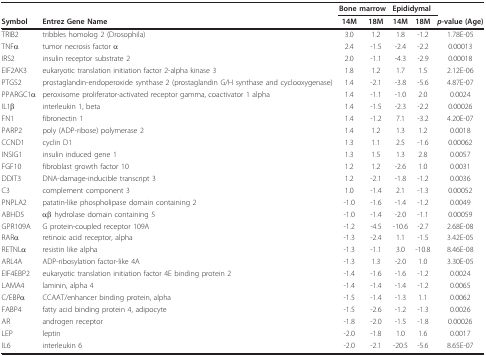
<table><thead><tr><td></td><td></td><td colspan="2"><b>Bone marrow</b></td><td colspan="2"><b>Epididymal</b></td><td></td></tr><tr><td><b>Symbol</b></td><td><b>Entrez Gene Name</b></td><td><b>14M</b></td><td><b>18M</b></td><td><b>14M</b></td><td><b>18M</b></td><td><b><i>p</i>-value (Age)</b></td></tr></thead><tbody><tr><td>TRIB2</td><td>tribbles homolog 2 (Drosophila)</td><td>3.0</td><td>1.2</td><td>1.8</td><td>-1.2</td><td>1.78E-05</td></tr><tr><td>TNFα</td><td>tumor necrosis factor α</td><td>2.4</td><td>-1.5</td><td>-2.4</td><td>-2.2</td><td>0.00013</td></tr><tr><td>IRS2</td><td>insulin receptor substrate 2</td><td>2.0</td><td>-1.1</td><td>-4.3</td><td>-2.9</td><td>0.00018</td></tr><tr><td>EIF2AK3</td><td>eukaryotic translation initiation factor 2-alpha kinase 3</td><td>1.8</td><td>1.2</td><td>1.7</td><td>1.5</td><td>2.12E-06</td></tr><tr><td>PTGS2</td><td>prostaglandin-endoperoxide synthase 2 (prostaglandin G/H synthase and cyclooxygenase)</td><td>1.4</td><td>-2.1</td><td>-3.8</td><td>-5.6</td><td>4.87E-07</td></tr><tr><td>PPARGC1α</td><td>peroxisome proliferator-activated receptor gamma, coactivator 1 alpha</td><td>1.4</td><td>-1.1</td><td>-1.0</td><td>2.0</td><td>0.0024</td></tr><tr><td>IL1β</td><td>interleukin 1, beta</td><td>1.4</td><td>-1.5</td><td>-2.3</td><td>-2.2</td><td>0.00026</td></tr><tr><td>FN1</td><td>fibronectin 1</td><td>1.4</td><td>-1.2</td><td>7.1</td><td>-3.2</td><td>4.20E-07</td></tr><tr><td>PARP2</td><td>poly (ADP-ribose) polymerase 2</td><td>1.4</td><td>1.2</td><td>1.3</td><td>1.2</td><td>0.0018</td></tr><tr><td>CCND1</td><td>cyclin D1</td><td>1.3</td><td>1.1</td><td>2.5</td><td>-1.6</td><td>0.00062</td></tr><tr><td>INSIG1</td><td>insulin induced gene 1</td><td>1.3</td><td>1.5</td><td>1.3</td><td>2.8</td><td>0.0057</td></tr><tr><td>FGF10</td><td>fibroblast growth factor 10</td><td>1.2</td><td>1.2</td><td>-2.6</td><td>1.0</td><td>0.0031</td></tr><tr><td>DDIT3</td><td>DNA-damage-inducible transcript 3</td><td>1.2</td><td>-2.1</td><td>-1.8</td><td>-1.2</td><td>0.0036</td></tr><tr><td>C3</td><td>complement component 3</td><td>1.0</td><td>-1.4</td><td>2.1</td><td>-1.3</td><td>0.00052</td></tr><tr><td>PNPLA2</td><td>patatin-like phospholipase domain containing 2</td><td>-1.0</td><td>-1.6</td><td>-1.4</td><td>-1.2</td><td>0.0049</td></tr><tr><td>ABHD5</td><td>αβ hydrolase domain containing 5</td><td>-1.0</td><td>-1.4</td><td>-2.0</td><td>-1.1</td><td>0.00059</td></tr><tr><td>GPR109A</td><td>G protein-coupled receptor 109A</td><td>-1.2</td><td>-4.5</td><td>-10.6</td><td>-2.7</td><td>2.68E-08</td></tr><tr><td>RARα</td><td>retinoic acid receptor, alpha</td><td>-1.3</td><td>-2.4</td><td>1.1</td><td>-1.5</td><td>3.42E-05</td></tr><tr><td>RETNLα</td><td>resistin like alpha</td><td>-1.3</td><td>-1.1</td><td>3.0</td><td>-10.8</td><td>8.46E-08</td></tr><tr><td>ARL4A</td><td>ADP-ribosylation factor-like 4A</td><td>-1.3</td><td>1.3</td><td>-2.0</td><td>1.0</td><td>3.30E-05</td></tr><tr><td>EIF4EBP2</td><td>eukaryotic translation initiation factor 4E binding protein 2</td><td>-1.4</td><td>-1.6</td><td>-1.6</td><td>-1.2</td><td>0.0024</td></tr><tr><td>LAMA4</td><td>laminin, alpha 4</td><td>-1.4</td><td>-1.4</td><td>-1.4</td><td>-1.2</td><td>0.0065</td></tr><tr><td>C/EBPα</td><td>CCAAT/enhancer binding protein, alpha</td><td>-1.5</td><td>-1.4</td><td>-1.3</td><td>1.1</td><td>0.0062</td></tr><tr><td>FABP4</td><td>fatty acid binding protein 4, adipocyte</td><td>-1.5</td><td>-2.6</td><td>-1.2</td><td>-1.3</td><td>0.0026</td></tr><tr><td>AR</td><td>androgen receptor</td><td>-1.8</td><td>-2.0</td><td>-1.5</td><td>-1.8</td><td>0.00026</td></tr><tr><td>LEP</td><td>leptin</td><td>-2.0</td><td>-1.8</td><td>1.0</td><td>1.6</td><td>0.0017</td></tr><tr><td>IL6</td><td>interleukin 6</td><td>-2.0</td><td>-2.1</td><td>-20.5</td><td>-5.6</td><td>8.65E-07</td></tr></tbody></table>